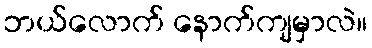
ဘယ်လောက် နောက်ကျမှာလဲ။